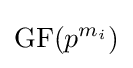
\mathrm {GF} (p^{m_{i}})